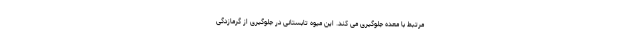
مرتبط با معده جلوگیری می کند. این میوه تابستانی در جلوگیری از گرمازدگی